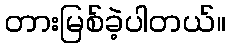
တားမြစ်ခဲ့ပါတယ်။